Vabadussoja_Ajaloo_Komitee, lk 31
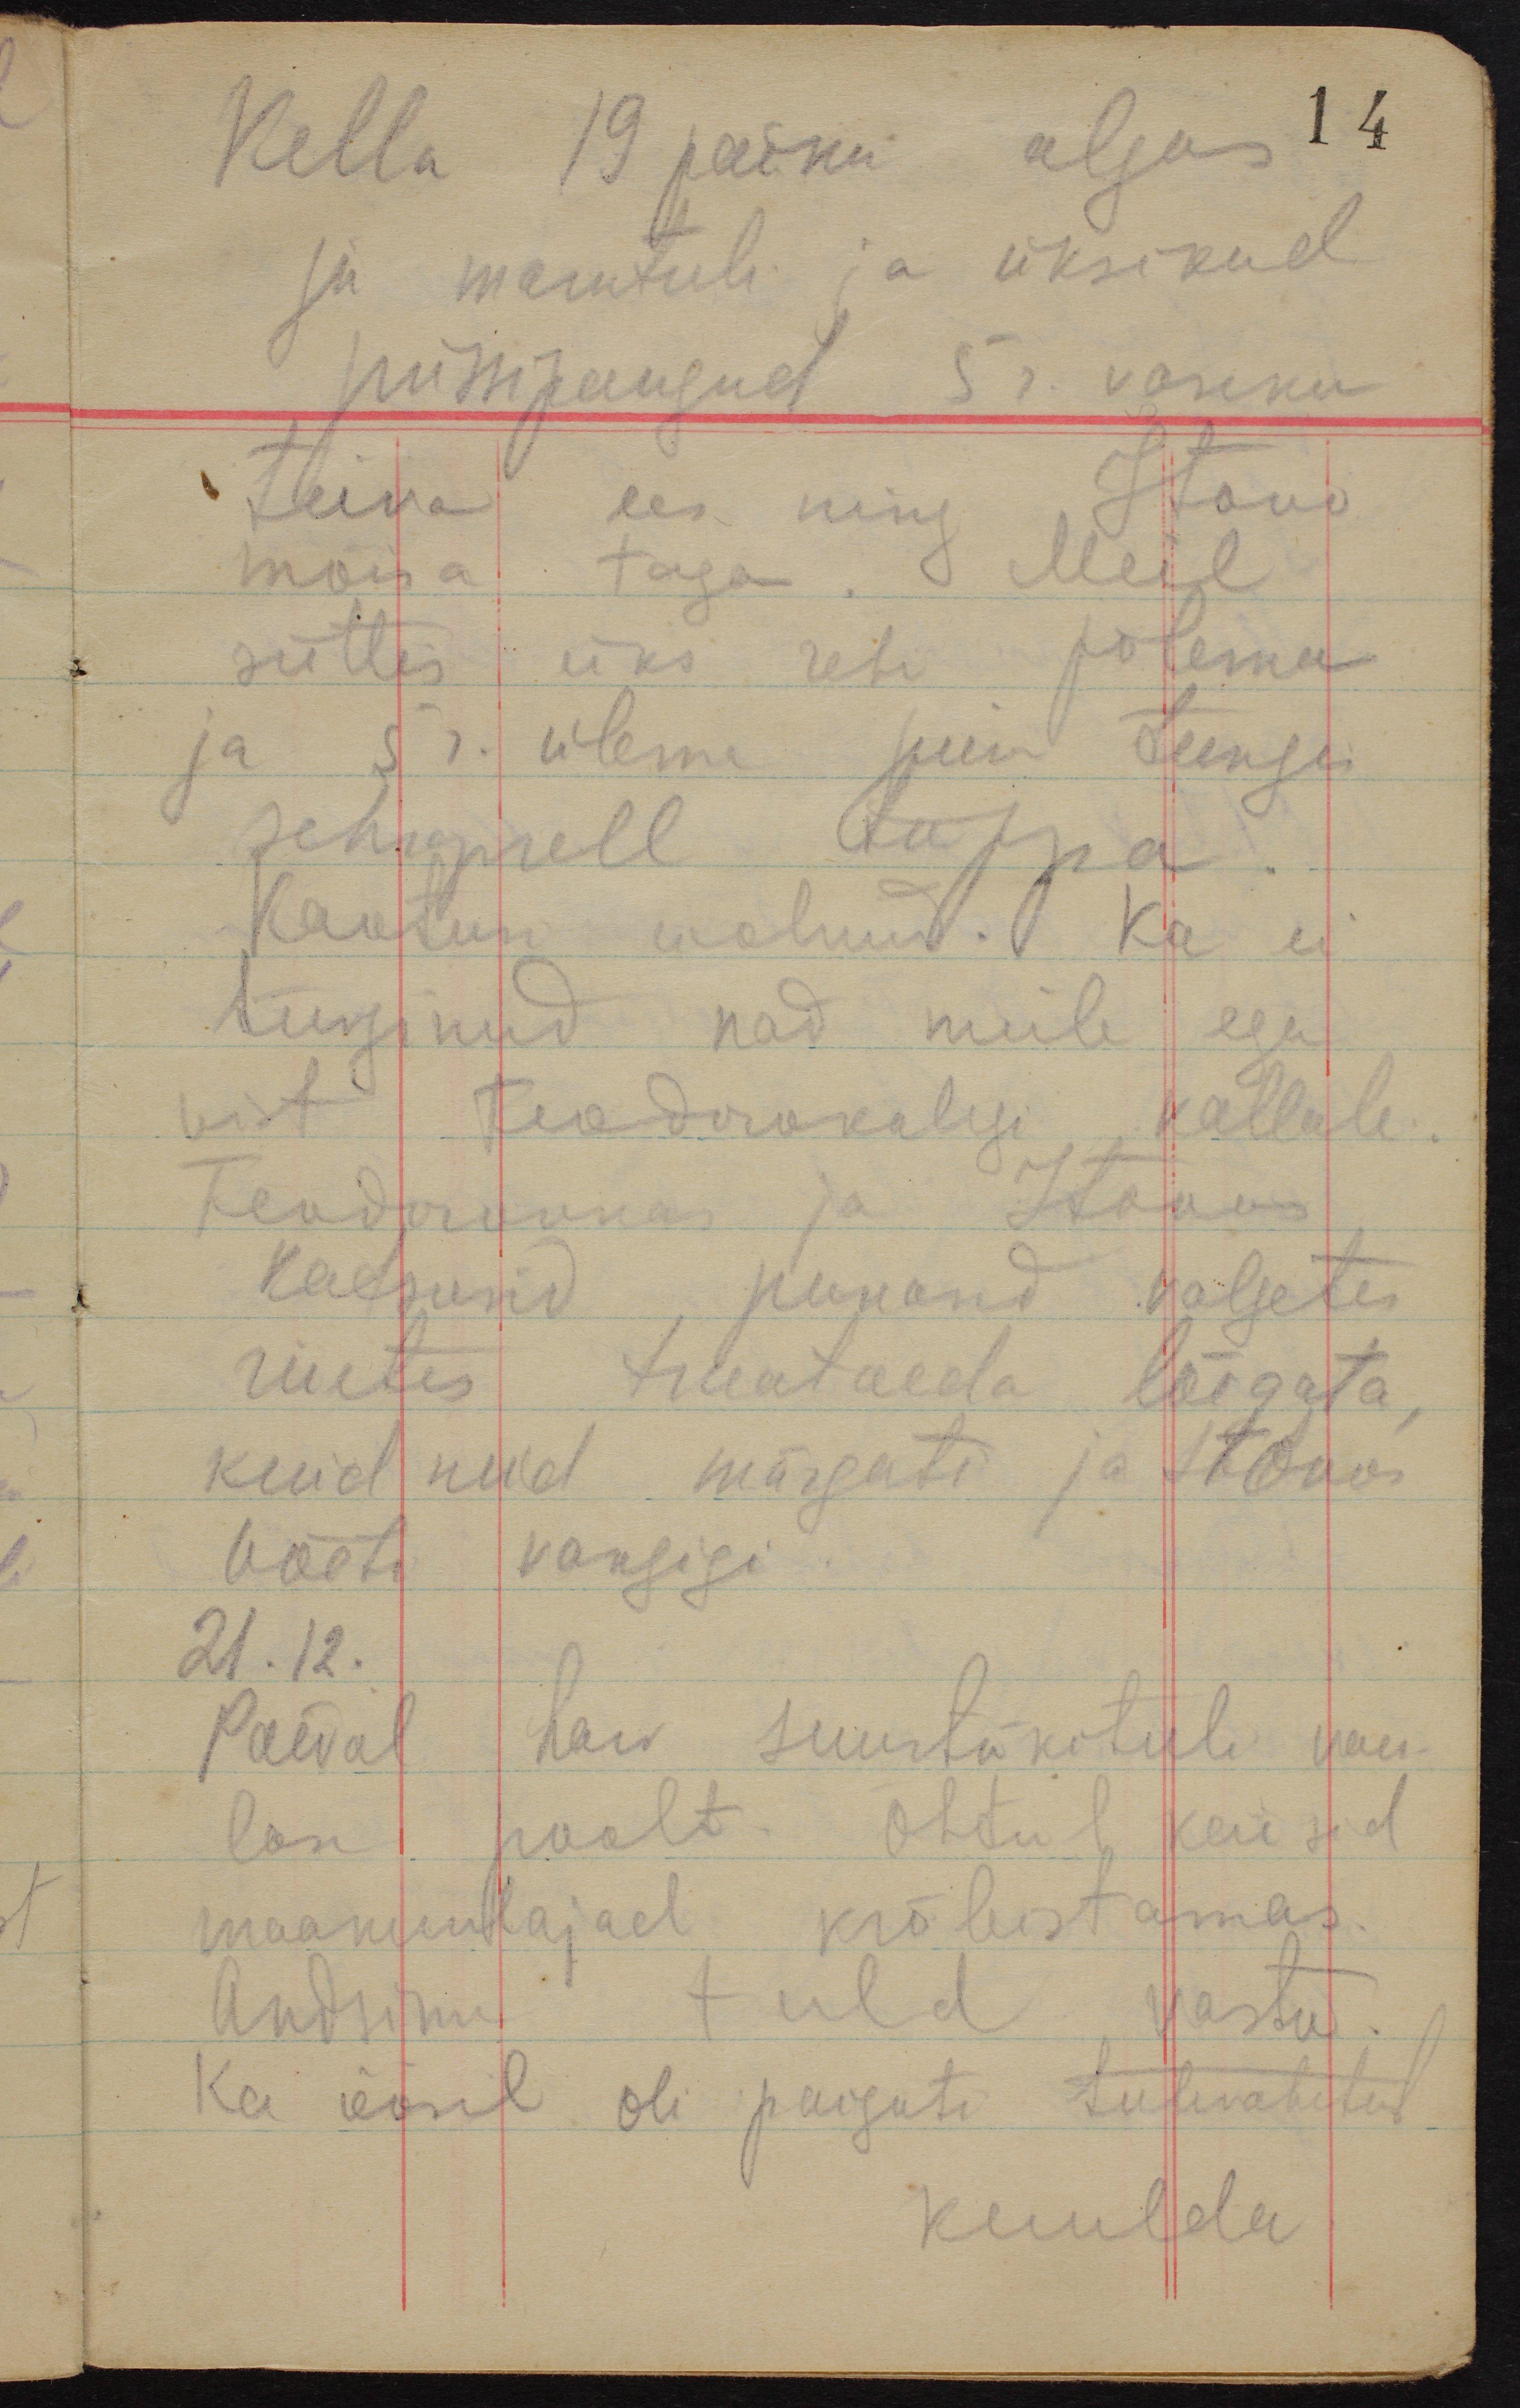
Kella 19 paiku algas
14
ju marutuli ja üksikud
püssipaugud 5r. vaseku
tiiva ees ning Itovo
mõisa taga. Meil
süttis üks rehi põlema
ja 5r. ülema juure tungis
schrapnell tuppa.
Kaotusi ei olnud. Ka ei
tunginud nad meile ega
vist Feodorokalegi kallale.
Feodorovkas ja Itovas
katsusid punased valgetes
riietes traataeda lõigata,
kuid neid märgati ja Itovos
võeti vangigi.
21.12.
Päeval harv suurtükituli vaen-
lase poolt. Õhtul käisid
maakuulajad krõbistamas.
Andsime tuld vastu.
Ka öösel oli paiguti tulevahetust
kuulda